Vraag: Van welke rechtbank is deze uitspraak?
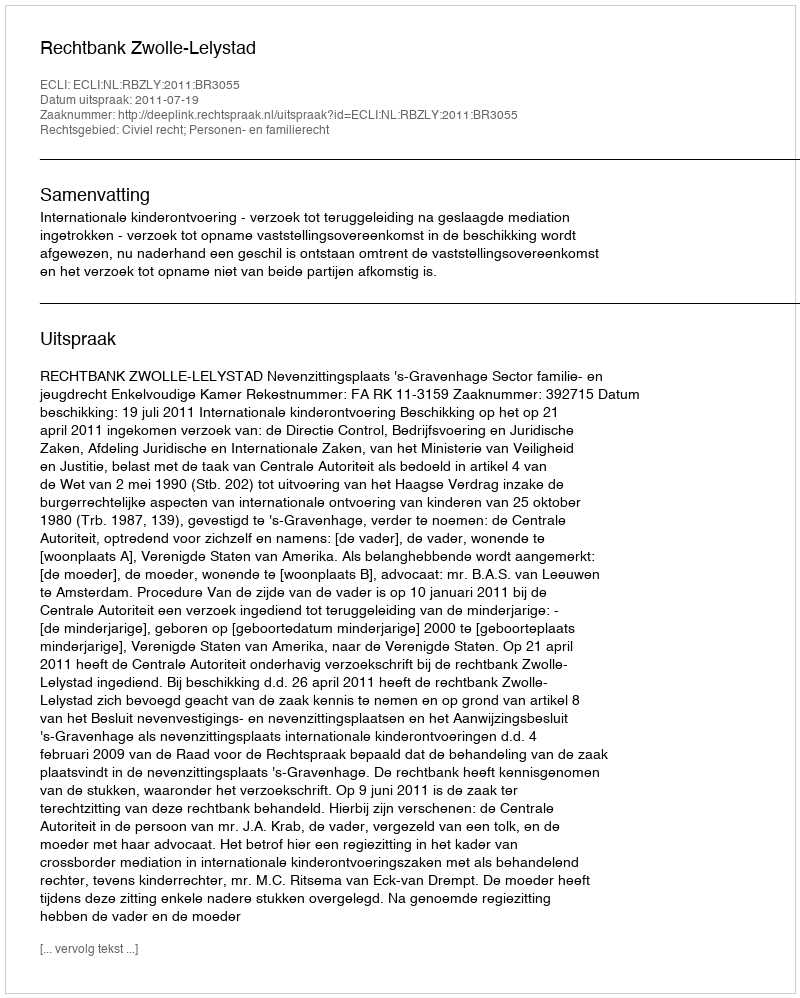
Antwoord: Rechtbank Zwolle-Lelystad